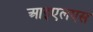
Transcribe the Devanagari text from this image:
आइएलएस